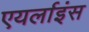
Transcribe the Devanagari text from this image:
एयर्लाइंस